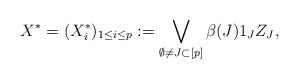
\begin{align*}X^* = (X_i^*)_{1\leq i\leq p} := \bigvee_{\emptyset \neq J \subset [p]} \beta(J) 1_J Z_J,\end{align*}